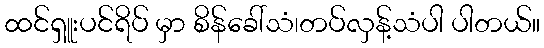
ထင်ရှူးပင်ရိပ် မှာ စိန်ခေါ်သံ၊တပ်လှန့်သံပါ ပါတယ်။